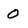
Character: 0